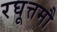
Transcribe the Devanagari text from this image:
रघूत्तमौ